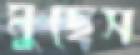
মুছেস